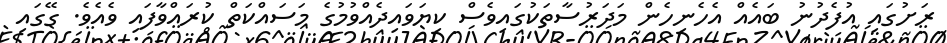
ރަށުގައި އުފެދުނު ބައެއް އެހެނިހެން މަދަރުސާތަކުގައިވެސް ކިޔަވައިދެއްވުމުގެ މަސައްކަތް ކުރައްވާފައި ވެއެވެ. ގޭގައި